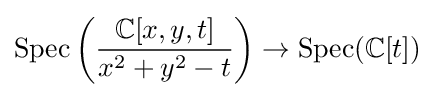
\operatorname {Spec} \left({\frac {\mathbb {C} [x,y,t]}{x^{2}+y^{2}-t}}\right)\to \operatorname {Spec} (\mathbb {C} [t])